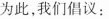
为此，我们倡议：